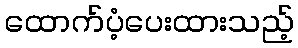
ထောက်ပံ့ပေးထားသည့်